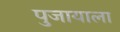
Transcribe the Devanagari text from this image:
पुजायाला